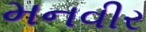
મનવીર